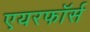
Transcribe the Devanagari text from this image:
एयरफॉर्स